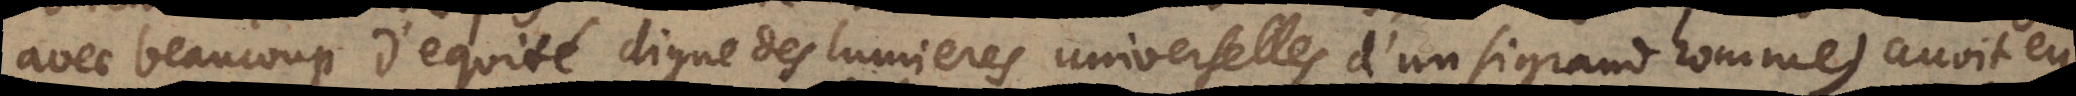
avec beaucoup d’equité digne des lumieres universelles d’un si grand homme) avoit eu